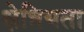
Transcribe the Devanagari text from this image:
क्षेत्रियता